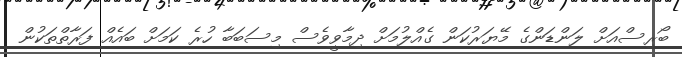
ބޯރިސްއަށް ލަންޑަންގެ މޭޔަރުކަން ގެއްލުމަށް ދިމާވީވެސް މިސަބަބާ ހުރެ ކަމަށް ބައެއް ފަރާތްތަކުން